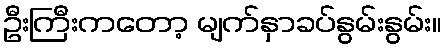
ဦးကြီးကတော့ မျက်နှာခပ်နွမ်းနွမ်း။